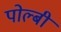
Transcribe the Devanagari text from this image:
पोल्बी